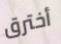
أخترق